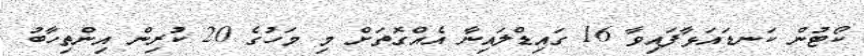
ކޯޓުން ކަނޑައަޅާފައިވާ 16 ގައިޑްލައިނާ އެއްގޮތަށް މި މަހުގެ 20 ކުރިން އިންތިހާބު